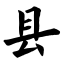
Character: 县